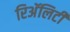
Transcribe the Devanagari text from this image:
रिअॅलिटी